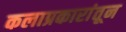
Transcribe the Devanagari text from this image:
कलाप्रकारांतून